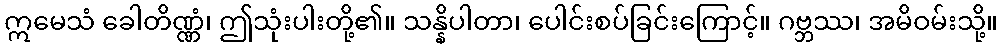
ဣမေသံ ခေါတိဏ္ဏံ၊ ဤသုံးပါးတို့၏။ သန္နိပါတာ၊ ပေါင်းစပ်ခြင်းကြောင့်။ ဂဗ္ဘဿ၊ အမိဝမ်းသို့။